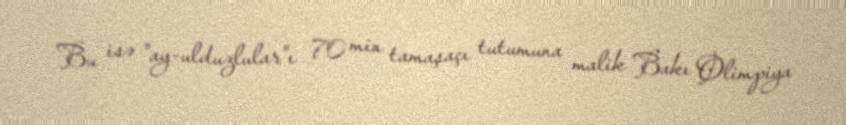
Bu isə "ay-ulduzlular"ı 70 min tamaşaçı tutumuna malik Bakı Olimpiya